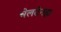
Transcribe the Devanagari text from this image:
चेलटेनह्म